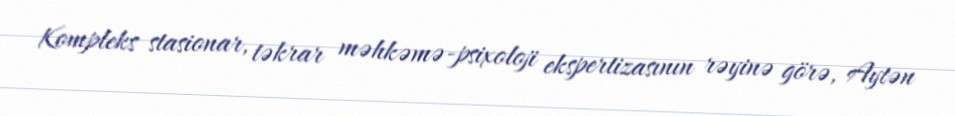
Kompleks stasionar, təkrar məhkəmə-psixoloji ekspertizasının rəyinə görə, Aytən